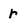
Character: r